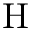
\mathrm { H }